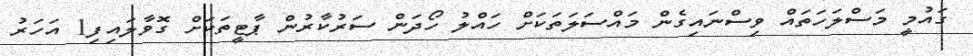
ގައުމީ މަސްލަހަތައް ވިސްނައިގެން މައްސަލަތަކަށް ހައްލު ހޯދަން ސަރުކާރުން ޕާޓީތަކަށް ގޮވާލައިފި1 އަހަރު